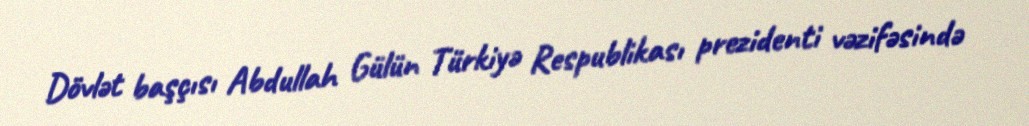
Dövlət başçısı Abdullah Gülün Türkiyə Respublikası prezidenti vəzifəsində